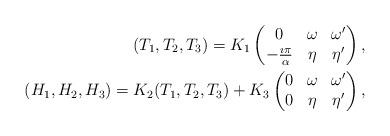
LaTeX: \begin{align*} (T_1,T_2,T_3) = K_1 \begin{pmatrix} 0 & \omega & \omega' \\ -\frac{\imath \pi}{\alpha} & \eta & \eta' \end{pmatrix}, \\ (H_1,H_2,H_3) = K_2 (T_1,T_2,T_3) + K_3 \begin{pmatrix} 0 & \omega & \omega' \\ 0 & \eta & \eta' \end{pmatrix}, \end{align*}